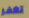
تغفر